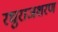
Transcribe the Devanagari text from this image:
रघुराजशरण